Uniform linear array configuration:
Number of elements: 24
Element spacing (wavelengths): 0.75
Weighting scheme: blackman
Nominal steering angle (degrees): -30
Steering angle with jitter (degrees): -31.6
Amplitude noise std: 0.05
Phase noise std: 0.05

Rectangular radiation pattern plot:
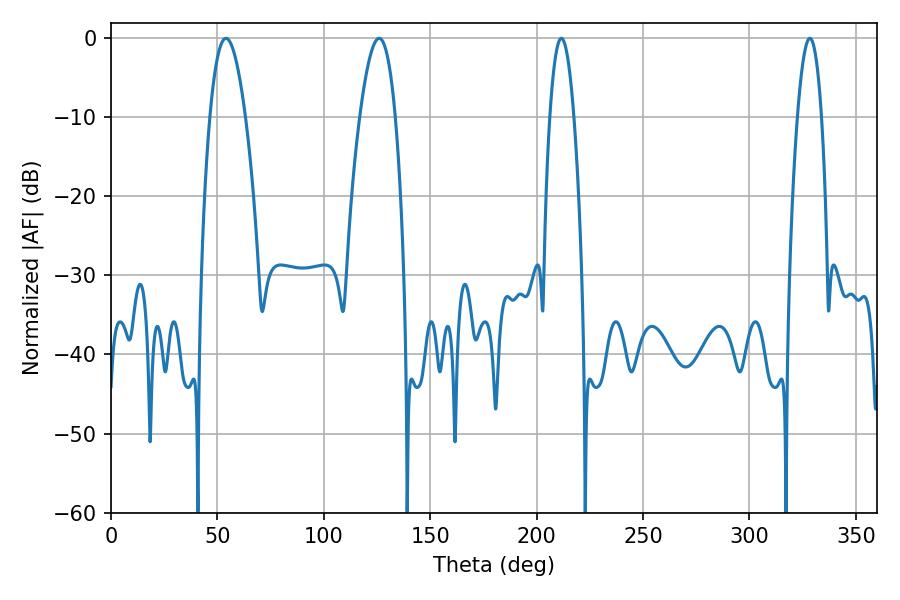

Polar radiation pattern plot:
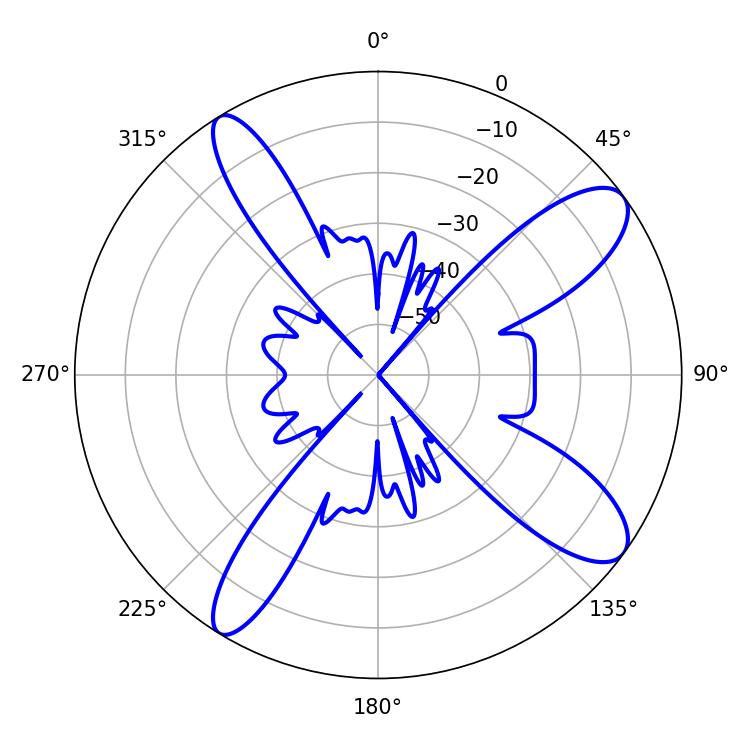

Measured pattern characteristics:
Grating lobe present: TRUE
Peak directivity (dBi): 11.062
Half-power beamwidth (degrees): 9.18
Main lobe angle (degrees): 54